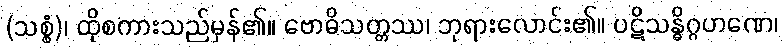
(သစ္စံ)၊ ထိုစကားသည်မှန်၏။ ဗောဓိသတ္တဿ၊ ဘုရားလောင်း၏။ ပဋိသန္ဓိဂ္ဂဟဏေ၊